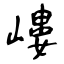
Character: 嶁